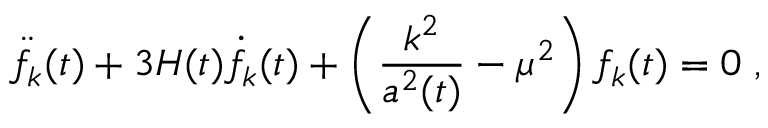
\ddot { f } _ { k } ( t ) + 3 H ( t ) \dot { f } _ { k } ( t ) + \left( \frac { k ^ { 2 } } { a ^ { 2 } ( t ) } - \mu ^ { 2 } \right) f _ { k } ( t ) = 0 \; ,